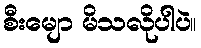
စီးမျော မိသလိုပါပဲ။